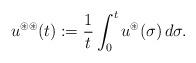
LaTeX: \begin{align*}u^{\circledast\circledast}(t):=\frac{1}{t}\int_{0}^{t}u^{\circledast}(\sigma)\,d\sigma.\end{align*}